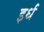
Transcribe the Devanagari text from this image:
इर्ध